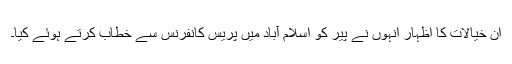
ان خیالات کا اظہار انہوں نے پیر کو اسلام آباد میں پریس کانفرنس سے خطاب کرتے ہوئے کیا۔